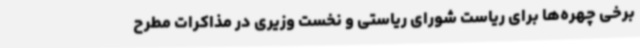
برخی چهره‌ها برای ریاست شورای ریاستی و نخست وزیری در مذاکرات مطرح